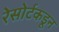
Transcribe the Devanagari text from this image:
रेसोर्टकडून